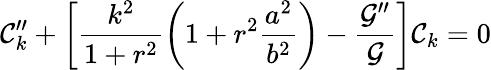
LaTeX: {\cal C}_{k}^{\prime\prime}+\biggl[\frac{k^{2}}{1+r^{2}}\biggl(1+r^{2}\frac{a^{2}}{b^{2}}\biggr)-\frac{{\cal G}^{\prime\prime}}{{\cal G}}\biggr]{\cal C}_{k}=0